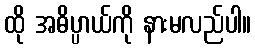
ထို အဓိပ္ပာယ်ကို နားမလည်ပါ။